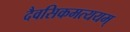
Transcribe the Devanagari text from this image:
दैवसिकमत्ययम्‌